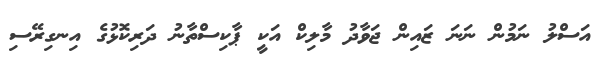
އަސްލު ނަމުން ނަނަ ޒައިން ޖަވާދު މާލިކް އަކީ ޕާކިސްތާނު ދަރިކޮޅުގެ އިނގިރޭސި